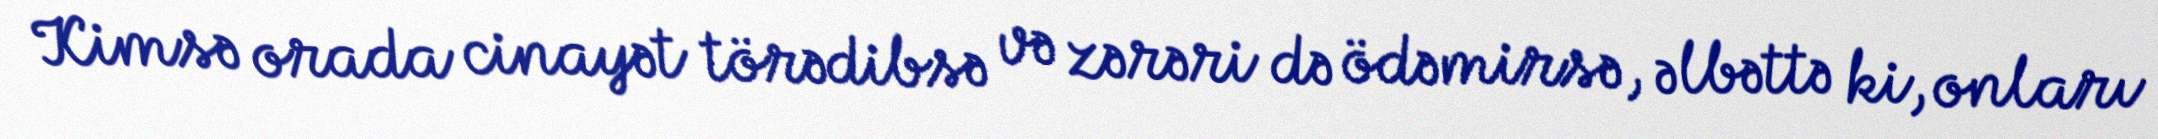
Kimsə orada cinayət törədibsə və zərəri də ödəmirsə, əlbəttə ki, onları